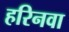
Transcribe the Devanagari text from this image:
हरिनवा